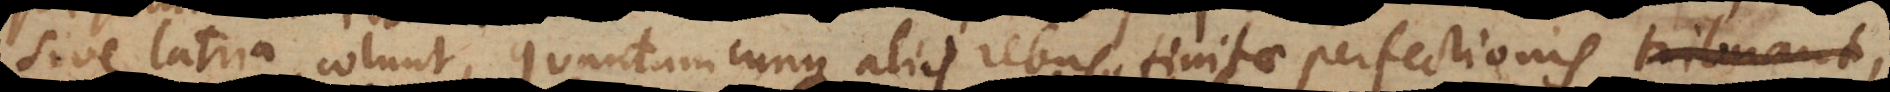
sive latria colunt, quantumcunque aliis rebus finitae perfectionis tribuant,